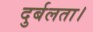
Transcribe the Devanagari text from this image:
दुर्बलता।